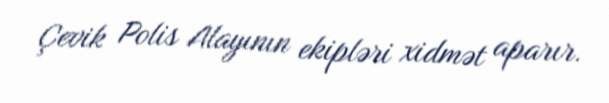
Çevik Polis Alayının ekipləri xidmət aparır.